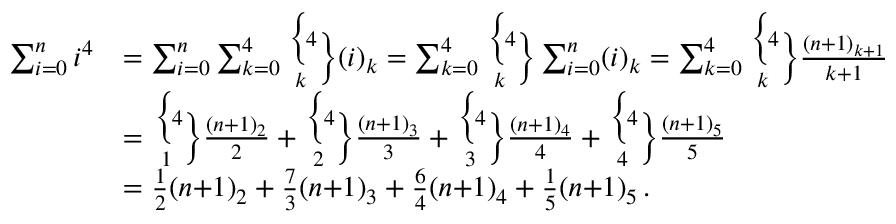
{ \begin{array} { r l } { \sum _ { i = 0 } ^ { n } i ^ { 4 } } & { = \sum _ { i = 0 } ^ { n } \sum _ { k = 0 } ^ { 4 } { \biggl \{ \! 4 \! \atop \! k \! } { \biggr \} } ( i ) _ { k } = \sum _ { k = 0 } ^ { 4 } { \biggl \{ \! 4 \! \atop \! k \! } { \biggr \} } \sum _ { i = 0 } ^ { n } ( i ) _ { k } = \sum _ { k = 0 } ^ { 4 } { \biggl \{ \! 4 \! \atop \! k \! } { \biggr \} } { \frac { ( n { + } 1 ) _ { k + 1 } } { k { + } 1 } } } \\ & { = { \biggl \{ \! 4 \! \atop \! 1 \! } { \biggr \} } { \frac { ( n { + } 1 ) _ { 2 } } { 2 } } + { \biggl \{ \! 4 \! \atop \! 2 \! } { \biggr \} } { \frac { ( n { + } 1 ) _ { 3 } } { 3 } } + { \biggl \{ \! 4 \! \atop \! 3 \! } { \biggr \} } { \frac { ( n { + } 1 ) _ { 4 } } { 4 } } + { \biggl \{ \! 4 \! \atop \! 4 \! } { \biggr \} } { \frac { ( n { + } 1 ) _ { 5 } } { 5 } } } \\ & { = { \frac { 1 } { 2 } } ( n { + } 1 ) _ { 2 } + { \frac { 7 } { 3 } } ( n { + } 1 ) _ { 3 } + { \frac { 6 } { 4 } } ( n { + } 1 ) _ { 4 } + { \frac { 1 } { 5 } } ( n { + } 1 ) _ { 5 } \, . } \end{array} }